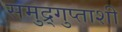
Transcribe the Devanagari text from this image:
समुद्र्गुप्ताशी